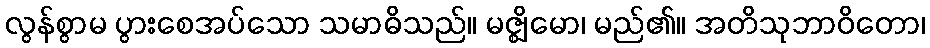
လွန်စွာမ ပွားစေအပ်သော သမာဓိသည်။ မဇ္ဈိမော၊ မည်၏။ အတိသုဘာဝိတော၊